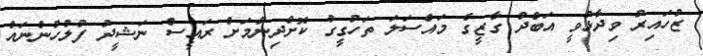
ޒުހައިރު ވިދާޅުވީ އަބްދު ގާޒީގެ މައްސަލަ ތަހުގީގު ކޮށްދިނުމަށް ރައީސް ނަޝީދު ފުލުހުންނައް